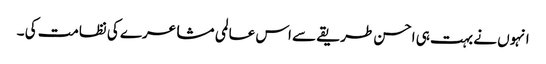
انہوں نے بہت ہی احسن طریقے سے اس عالمی مشاعرے کی نظامت کی ۔